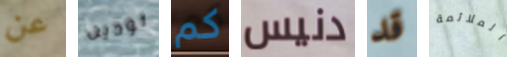
عن تودين كم دنيس قد الملائمة